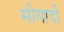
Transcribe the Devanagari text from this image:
मीयादी